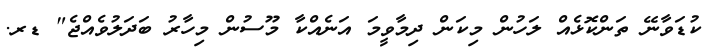
ކުޑަވާނޭ ތަންކޮޅެއް ލަހުން މިކަން ދިމާވީމަ އަނެއްކާ މޫސުން މިހާރު ބަދަލުވެއްޖެ" ޑރ.